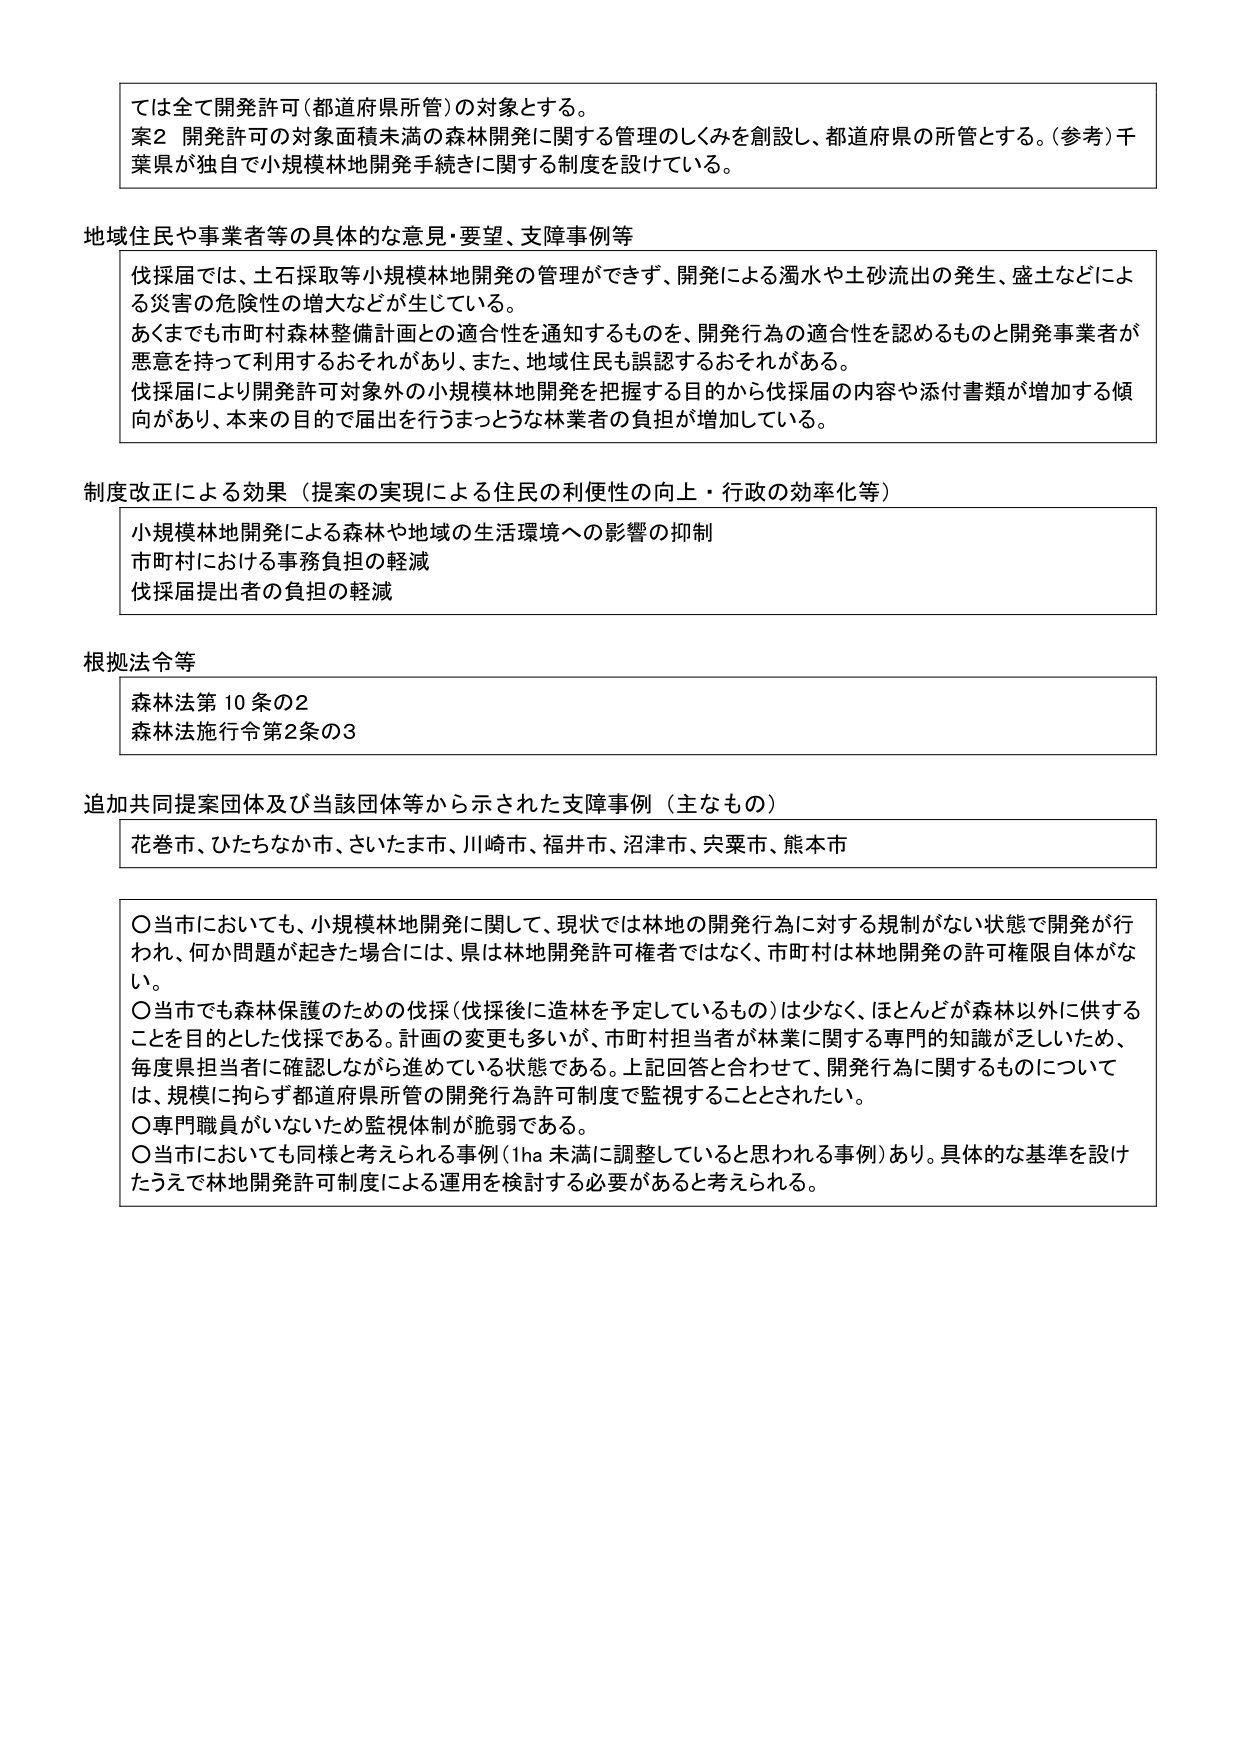
ては全て開発許可（都道府県所管）の対象とする。
案2 開発許可の対象面積未満の森林開発に関する管理のしくみを創設し、都道府県の所管とする。（参考）千葉県が独自で小規模林地開発手続きに関する制度を設けている。

地域住民や事業者等の具体的な意見・要望、支障事例等
伐採届では、土石採取等小規模林地開発の管理ができず、開発による濁水や土砂流出の発生、盛土などによる災害の危険性の増大などが生じている。
あくまでも市町村森林整備計画との適合性を通知するものを、開発行為の適合性を認めるものと開発事業者が悪意を持って利用するおそれがあり、また、地域住民も誤認するおそれがある。
伐採届により開発許可対象外の小規模林地開発を把握する目的から伐採届の内容や添付書類が増加する傾向があり、本来の目的で届出を行うまっとうな林業者の負担が増加している。

制度改正による効果（提案の実現による住民の利便性の向上・行政の効率化等）
小規模林地開発による森林や地域の生活環境への影響の抑制
市町村における事務負担の軽減
伐採届提出者の負担の軽減

根拠法令等
森林法第10条の2
森林法施行令第2条の3

追加共同提案団体及び当該団体等から示された支障事例（主なもの）
花巻市、ひたちなか市、さいたま市、川崎市、福井市、沼津市、宍粟市、熊本市

〇当市においても、小規模林地開発に関して、現状では林地の開発行為に対する規制がない状態で開発が行われ、何か問題が起きた場合には、県は林地開発許可権者ではなく、市町村は林地開発の許可権限自体がない。
〇当市でも森林保護のための伐採（伐採後に造林を予定しているもの）は少なく、ほとんどが森林以外に供することを目的とした伐採である。計画の変更も多いが、市町村担当者が林業に関する専門的知識が乏しいため、毎度県担当者に確認しながら進めている状態である。上記回答と合わせて、開発行為に関するものについては、規模に拘らず都道府県所管の開発行為許可制度で監視することとされたい。
〇専門職員がいないため監視体制が脆弱である。
〇当市においても同様と考えられる事例（1ha未満に調整していると思われる事例）あり。具体的な基準を設けたうえで林地開発許可制度による運用を検討する必要があると考えられる。